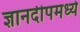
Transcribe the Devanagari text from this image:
ज्ञानदीपमध्ये